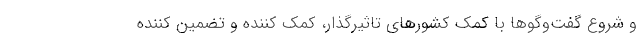
و شروع گفت‌وگوها با کمک کشورهای تاثیرگذار، کمک کننده و تضمین کننده